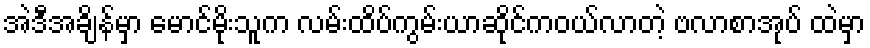
အဲဒီအချိန်မှာ မောင်မိုးသူက လမ်းထိပ်ကွမ်းယာဆိုင်ကဝယ်လာတဲ့ ဗလာစာအုပ် ထဲမှာ